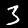
Label: 3